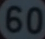
60